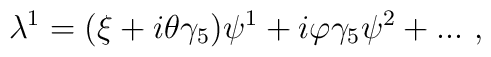
\lambda^1 = (\xi + i \theta \gamma_5) \psi^1 + i \varphi \gamma_5 \psi^2 + ...\ , \\